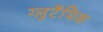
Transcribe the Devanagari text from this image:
ग्लूटैमिक